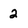
Character: 2